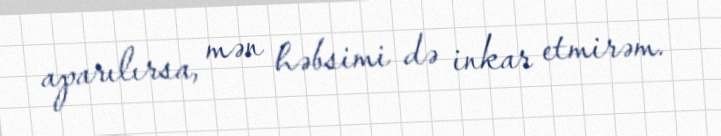
aparılırsa, mən həbsimi də inkar etmirəm.